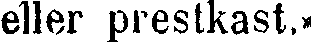
eller prestkast,»